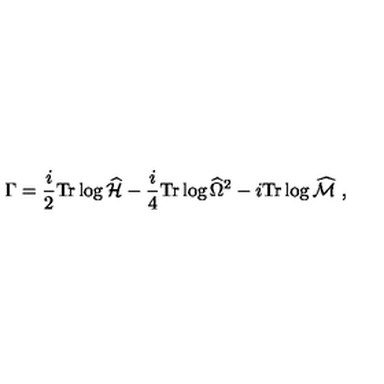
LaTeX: \Gamma = { \frac { i } { 2 } } \mathrm { T r } \log \widehat { \cal H } - { \frac { i } { 4 } } \mathrm { T r } \log \widehat { \Omega } ^ { 2 } - i \mathrm { T r } \log \widehat { \cal M } \ ,